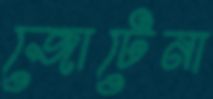
জোটেনা